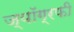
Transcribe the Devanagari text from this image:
ज्यॉग्रफी